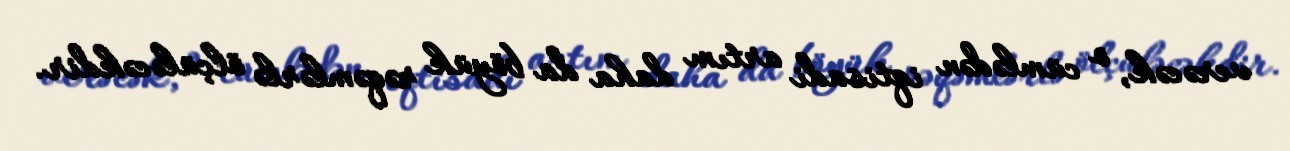
verəcək, o cümlədən iqtisadi artım daha da böyük rəqəmlərlə ölçüləcəkdir.